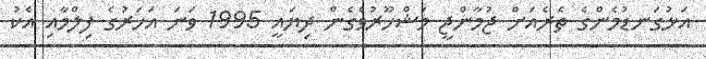
އަޅުގަނޑުމެންގެ ތެރެއަށް ޖުމާންޖީ މަޝްހޫރުވެގެން ދިޔައީ 1995 ވަނަ އަހަރުގެ ފިލްމާއި އެކު